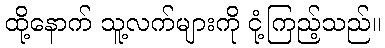
ထို့နောက် သူ့လက်များကို ငုံ့ကြည့်သည်။